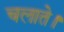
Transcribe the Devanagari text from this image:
चलाते।